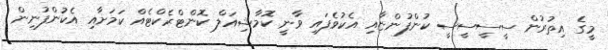
މީގެ އިތުރުން ސީސީސީސީ ކުންފުންޏާއި އެކުވެފައި ވާނީ ކޮމާޝިއަލް ކޮންޓްރެކްޓެއް ކަމަށާއި އެކުންފުނިން